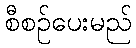
စီစဉ်ပေးမည်